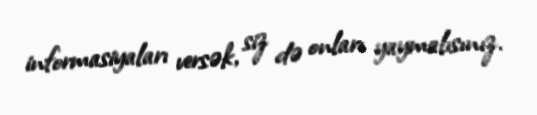
informasiyaları versək, siz də onları yaymalısınız.